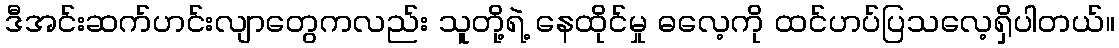
ဒီအင်းဆက်ဟင်းလျာတွေကလည်း သူတို့ရဲ့ နေထိုင်မှု ဓလေ့ကို ထင်ဟပ်ပြသလေ့ရှိပါတယ်။